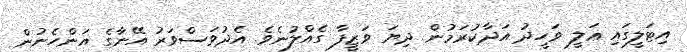
އިޓަލީގައި ޢަލީ ވަހީދު އަދާކުރަމުން ދިޔަ ވަޒީފާ ގެއްލުނެވެ. އެދުވަސްވަރު އޭނާގެ އަންހެނުން